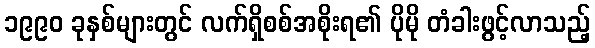
၁၉၉၀ ခုနှစ်များတွင် လက်ရှိစစ်အစိုးရ၏ ပိုမို တံခါးဖွင့်လာသည့်